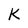
Character: k